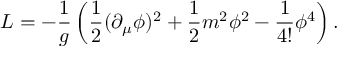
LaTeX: L = - \frac { 1 } { g } \left( \frac { 1 } { 2 } ( \partial _ { \mu } \phi ) ^ { 2 } + \frac 1 2 m ^ { 2 } \phi ^ { 2 } - \frac { 1 } { 4 ! } \phi ^ { 4 } \right) .